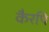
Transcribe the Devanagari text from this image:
कैरपि